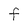
Character: F